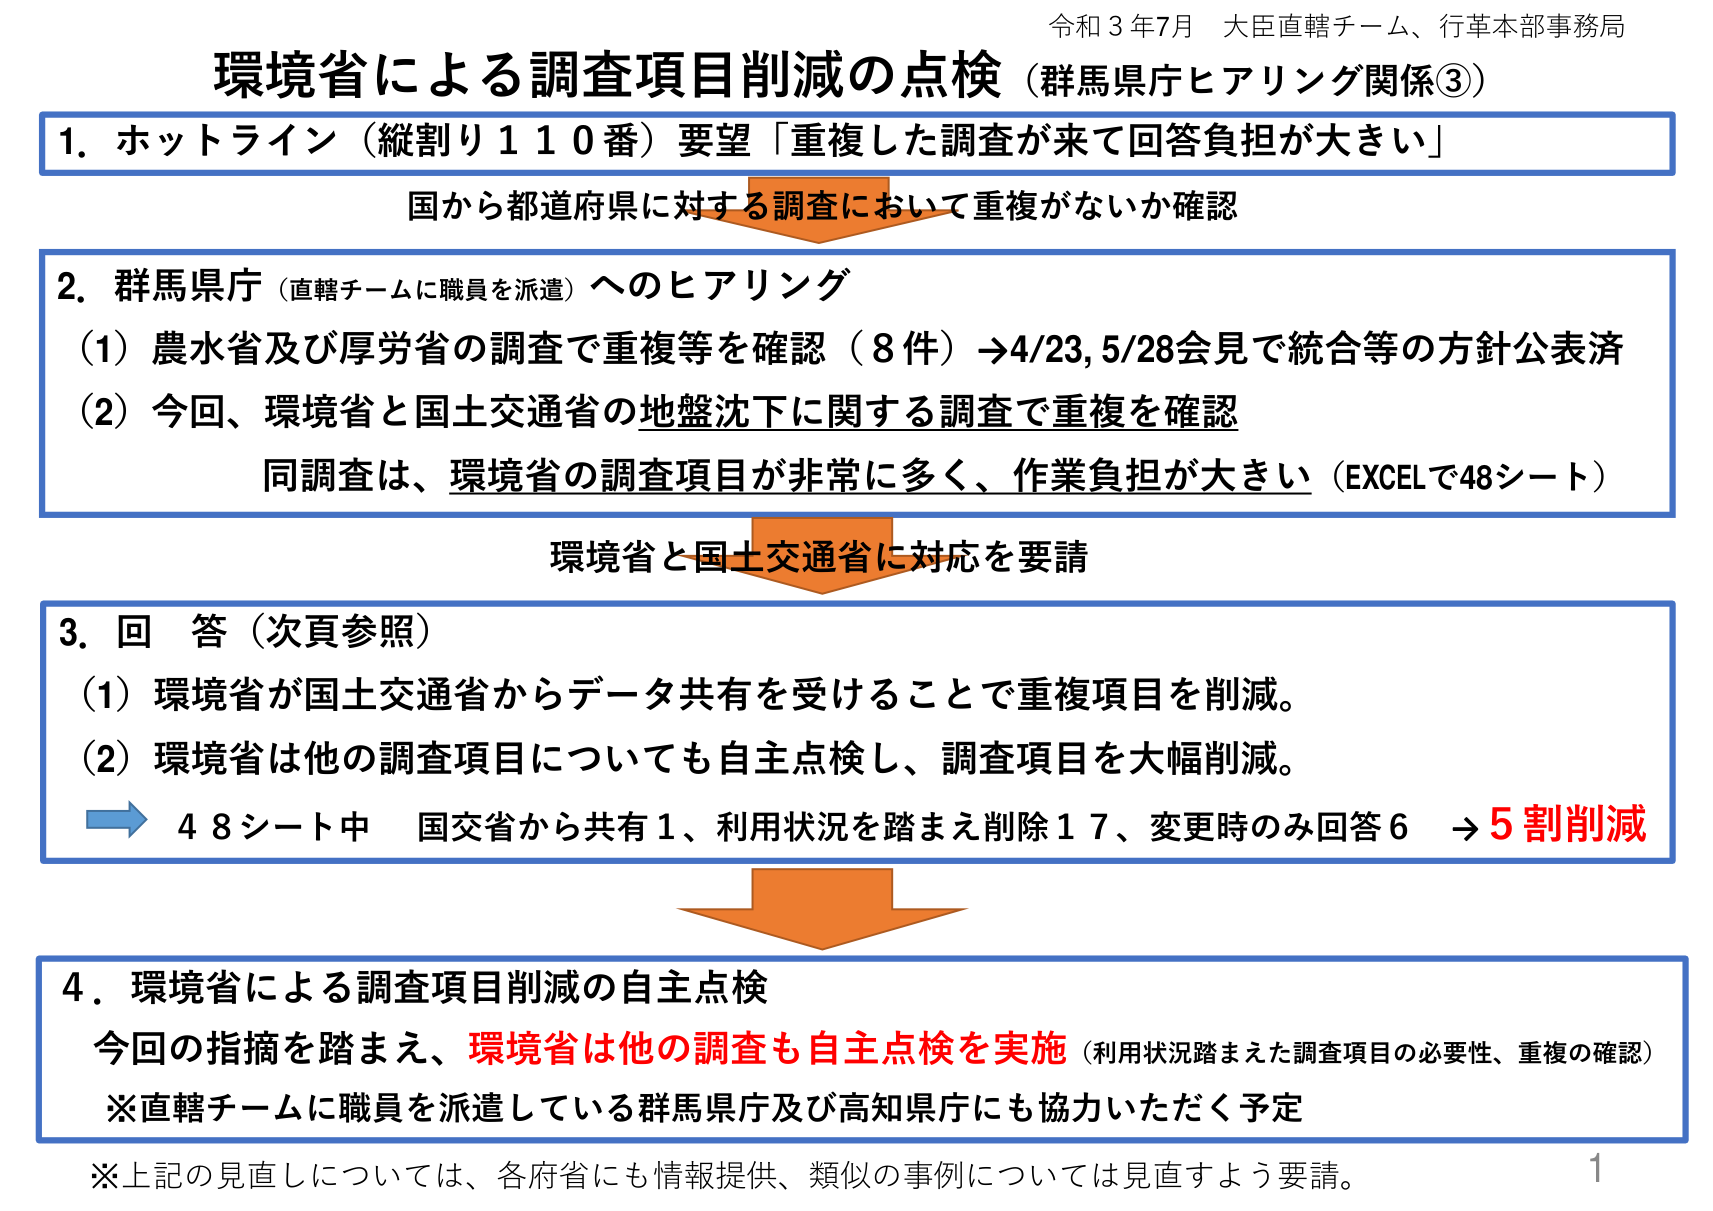
令和３年７月 大臣直轄チーム、行革本部事務局
環境省による調査項目削減の点検（群馬県庁ヒアリング関係③）
1. ホットライン（縦割り１１０番）要望「重複した調査が来て回答負担が大きい」
　国から都道府県に対する調査において重複がないか確認
2. 群馬県庁（直轄チームに職員を派遣）へのヒアリング
　（1）農水省及び厚労省の調査で重複等を確認（8件）→4/23,5/28会見で統合等の方針公表済
　（2）今回、環境省と国土交通省の地盤沈下に関する調査で重複を確認
　　　同調査は、環境省の調査項目が非常に多く、作業負担が大きい（EXCELで48シート）
　環境省と国土交通省に対応を要請
3. 回答（次頁参照）
　（1）環境省が国土交通省からデータ共有を受けることで重複項目を削減。
　（2）環境省は他の調査項目についても自主点検し、調査項目を大幅削減。
　　→ 48シート中 国交省から共有1、利用状況を踏まえ削除17、変更時のみ回答6 → 5割削減
4. 環境省による調査項目削減の自主点検
　今回の指摘を踏まえ、環境省は他の調査も自主点検を実施（利用状況踏まえた調査項目の必要性、重複の確認）
　※直轄チームに職員を派遣している群馬県庁及び高知県庁にも協力いただく予定
　※上記の見直しについては、各府省にも情報提供、類似の事例については見直すよう要請。
1